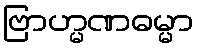
ဗြာဟ္မဏဓမ္မာ